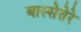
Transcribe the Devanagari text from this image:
बास्सेतेरे